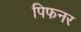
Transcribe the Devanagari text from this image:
पिफनर